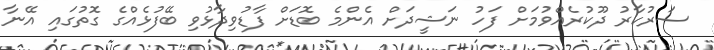
ސަރުކާރު ދޫކުރެއްވުމަށް ފަހު ނަޝީދަށް އެންމެ ބޮޑަށް ފާޑުވިދާޅުވި ބޭފުޅެއްގެ ގޮތުގައި އޭނާ